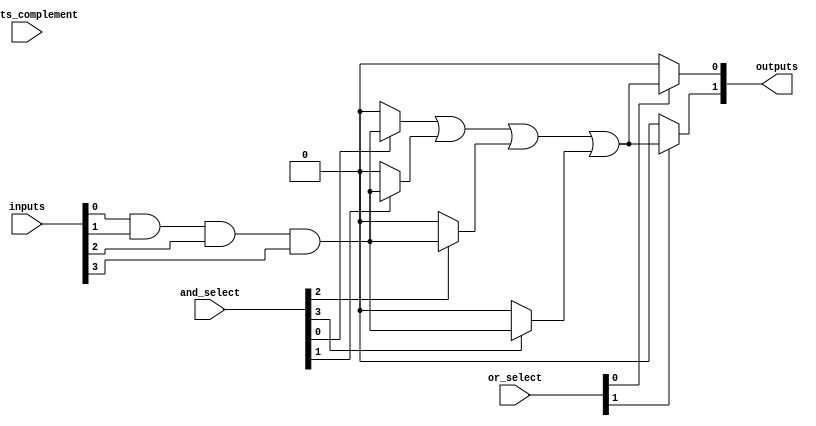
module PLA #(
    parameter NUM_INPUTS = 4,  // Number of inputs
    parameter NUM_AND_GATES = 4, // Number of AND gates
    parameter NUM_OR_GATES = 2    // Number of OR gates
)(
    input wire [NUM_INPUTS-1:0] inputs,          // Primary inputs
    input wire [NUM_INPUTS-1:0] inputs_complement, // Complement of primary inputs
    input wire [NUM_AND_GATES-1:0] and_select,   // Select lines for AND gates
    input wire [NUM_OR_GATES-1:0] or_select,      // Select lines for OR gates
    output wire [NUM_OR_GATES-1:0] outputs        // Outputs of the OR gates
);

// Internal signals for AND gate outputs
wire [NUM_AND_GATES-1:0] and_outputs;

// AND Gate Array
genvar i;
generate
    for (i = 0; i < NUM_AND_GATES; i = i + 1) begin : and_gates
        assign and_outputs[i] = (and_select[i]) ? 
            (inputs[0] & inputs[1] & inputs[2] & inputs[3]) : 1'b0; // Example logic, customize as needed
    end
endgenerate

// OR Gate Array
genvar j;
generate
    for (j = 0; j < NUM_OR_GATES; j = j + 1) begin : or_gates
        assign outputs[j] = (or_select[j]) ? 
            (and_outputs[0] | and_outputs[1] | and_outputs[2] | and_outputs[3]) : 1'b0; // Example logic, customize as needed
    end
endgenerate

endmodule